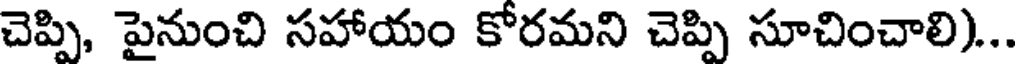
చెప్పి, పైనుంచి సహాయం కోరమని చెప్పి సూచించాలి)...